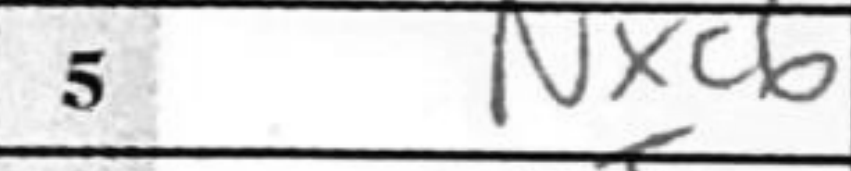
Transcription: Nxc6